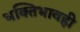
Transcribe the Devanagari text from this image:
भक्तिभावही